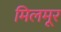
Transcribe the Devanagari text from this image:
मिलमूर